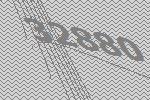
32880